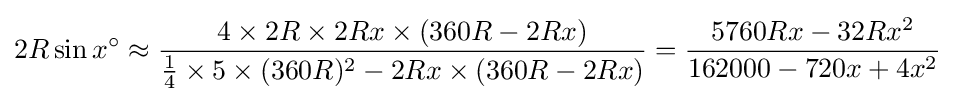
2R\sin x^{\circ }\approx {\frac {4\times 2R\times 2Rx\times (360R-2Rx)}{{\frac {1}{4}}\times 5\times (360R)^{2}-2Rx\times (360R-2Rx)}}={\frac {5760Rx-32Rx^{2}}{162000-720x+4x^{2}}}